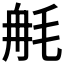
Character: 𣭣